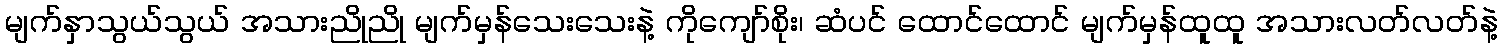
မျက်နှာသွယ်သွယ် အသားညိုညို မျက်မှန်သေးသေးနဲ့ ကိုကျော်စိုး၊ ဆံပင် ထောင်ထောင် မျက်မှန်ထူထူ အသားလတ်လတ်နဲ့